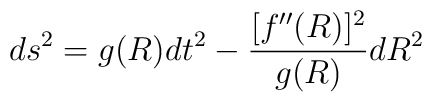
ds^2=g(R)dt^2 - {[f''(R)]^2 \over g(R)} dR^2